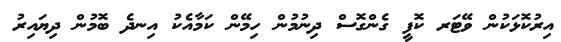
އިރުކޮޅަކުން ވޭޓަރ ކޮފީ ގެންގޮސް ދިނުމުން ހިމޭން ކަމާއެކު އިނދެ ބޮމުން ދިޔައިރު